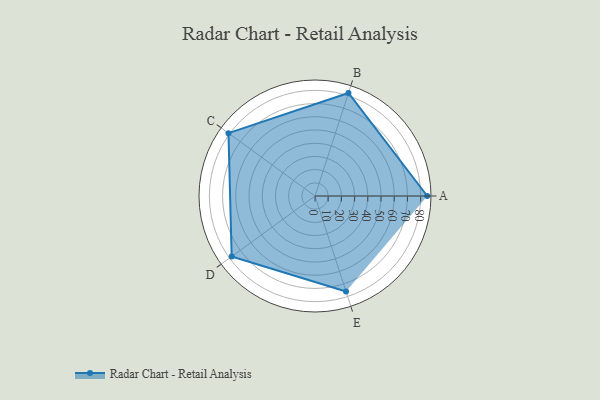
{"axis": {"x": "Skill", "y": "Score"}, "legend": ["Profile"], "data": [{"x": "A", "y": 85.0, "type": "Profile"}, {"x": "B", "y": 82.0, "type": "Profile"}, {"x": "C", "y": 81.0, "type": "Profile"}, {"x": "D", "y": 78.0, "type": "Profile"}, {"x": "E", "y": 76.0, "type": "Profile"}]}